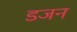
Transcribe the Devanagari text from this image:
डजन